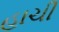
હાચી